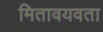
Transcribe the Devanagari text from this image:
मितावयवता